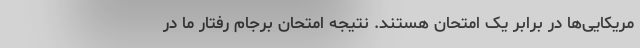
مریکایی‌ها در برابر یک امتحان هستند. نتیجه امتحان برجام رفتار ما در